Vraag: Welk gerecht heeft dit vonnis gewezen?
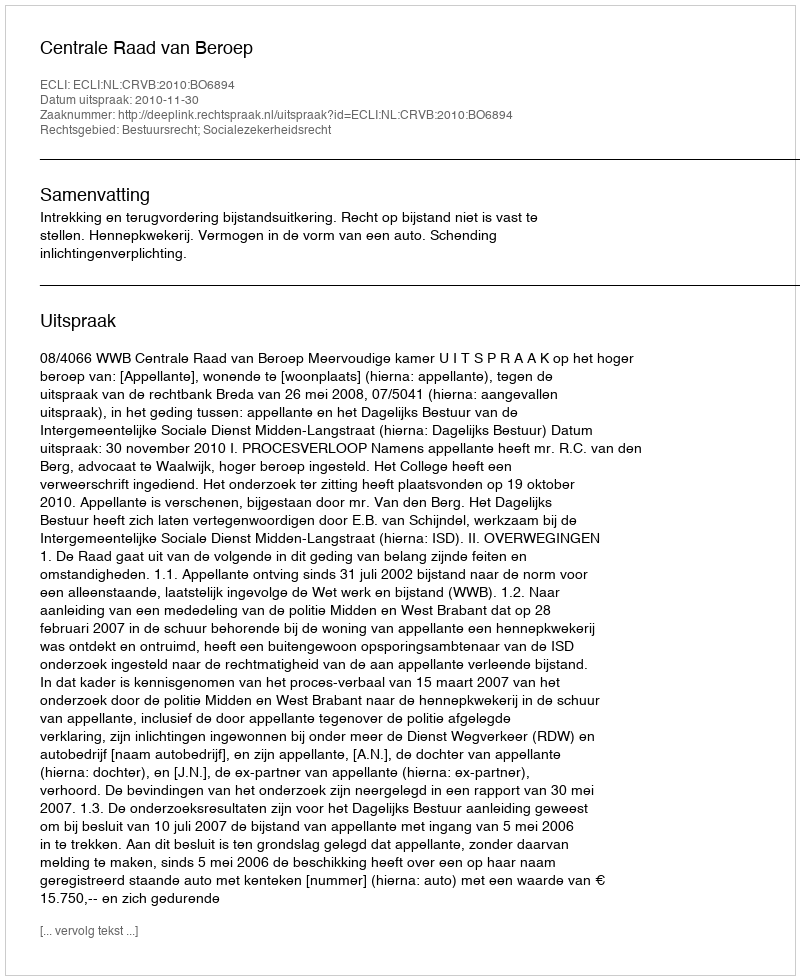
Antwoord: Centrale Raad van Beroep